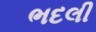
ભદલી